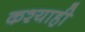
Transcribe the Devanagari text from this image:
कश्याही